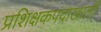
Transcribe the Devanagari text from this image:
प्रशिक्षकपदाखाली